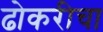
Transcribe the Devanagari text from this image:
ढोकरीचा